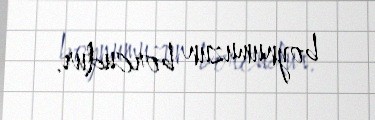
boynumuzun borcudur.